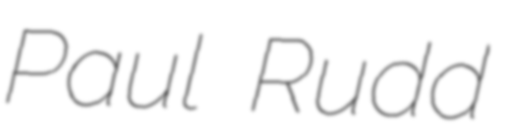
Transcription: Paul Rudd